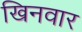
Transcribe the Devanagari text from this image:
खिनवार